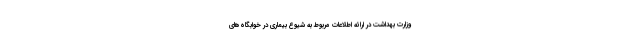
وزارت بهداشت در ارائه اطلاعات مربوط به شیوع بیماری در خوابگاه‌های